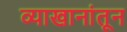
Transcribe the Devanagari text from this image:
व्याखानांतून